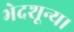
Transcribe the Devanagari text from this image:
भेदशून्य।